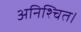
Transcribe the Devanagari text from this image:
अनिश्चित।